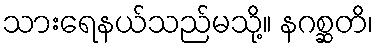
သားရေနယ်သည်မသို့။ နဂစ္ဆတိ၊